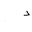
Letter: _dal